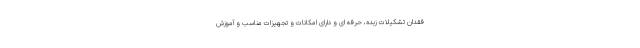
فقدان تشکیلات زبده، حرفه ای و دارای امکانات و تجهیزات مناسب و آموزش